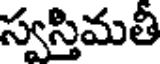
స్వస్తిమతీ